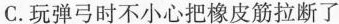
C.玩弹弓时不小心把橡皮筋拉断了